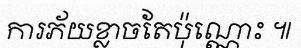
ការភ័យខ្លាចតែប៉ុណ្ណោះ ៕